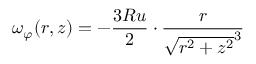
\omega _ { \varphi } ( r , z ) = - { \frac { 3 R u } { 2 } } \cdot { \frac { r } { { \sqrt { r ^ { 2 } + z ^ { 2 } } } ^ { 3 } } }